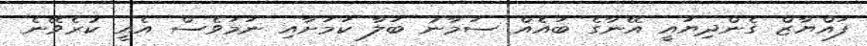
ފައްޔާޒް ގެންދިޔައީ އޭނާގެ ބައެއް ސަމާނު ބަލާ ކަމަށާއި ނަމަވެސް އެއީ ކުރެވޭނެ